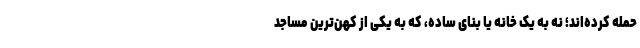
حمله کرده‌اند؛ نه به یک خانه یا بنای ساده، که به یکی از کهن‌ترین مساجد